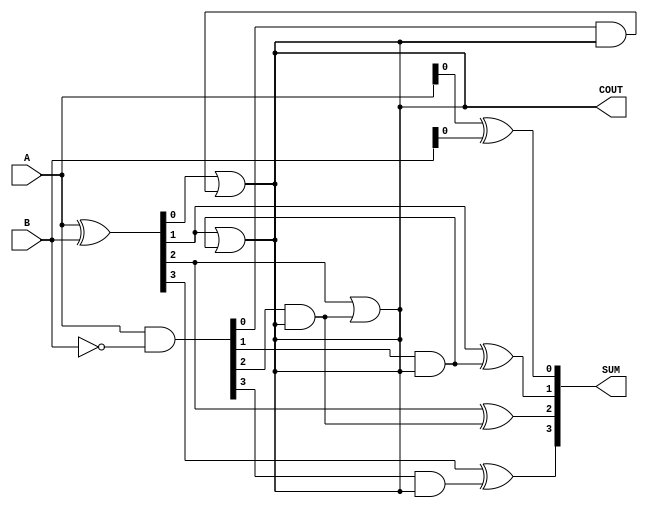
module carry_lookahead_subtractor (
    input [3:0] A,
    input [3:0] B,
    output reg [3:0] SUM,
    output reg COUT
);

wire [3:0] G, P;

assign G = A ^ B;
assign P = A & ~B;

assign SUM[0] = A[0] ^ B[0];
assign COUT = G[0] | (P[0] & COUT);
assign SUM[1] = G[1] ^ (P[1] & COUT);
assign COUT = G[1] | (P[1] & COUT);
assign SUM[2] = G[2] ^ (P[2] & COUT);
assign COUT = G[2] | (P[2] & COUT);
assign SUM[3] = G[3] ^ (P[3] & COUT);

endmodule